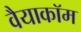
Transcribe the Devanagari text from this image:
वैयाकॉम